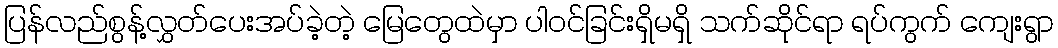
ပြန်လည်စွန့်လွှတ်ပေးအပ်ခဲ့တဲ့ မြေတွေထဲမှာ ပါဝင်ခြင်းရှိမရှိ သက်ဆိုင်ရာ ရပ်ကွက် ကျေးရွာ